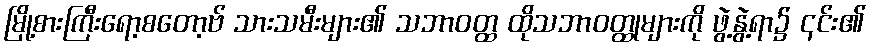
မြို့စားကြီးရော့စတော့ဗ် သားသမီးများ၏ သဘာဝတ္ထ ထိုသဘာဝတ္ထုများကို ဖွဲ့နွဲ့ရာ၌ ၎င်း၏